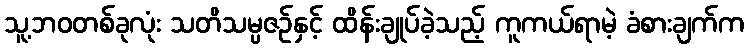
သူ့ဘဝတစ်ခုလုံး သတိသမ္ပဇဉ်နှင့် ထိန်းချုပ်ခဲ့သည့် ကူကယ်ရာမဲ့ ခံစားချက်က